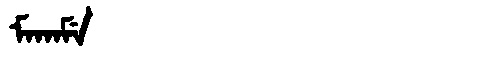
Manchu: ᠮᠠᡴᠠᠮᡝ
Romanization: MAKAME